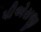
પીએસજી